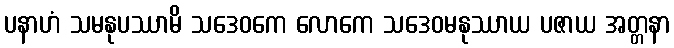
ပနာဟံ သမနုပဿာမိ သဒေဝကေ လောကေ သဒေဝမနုဿာယ ပဇာယ အတ္တနာ